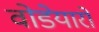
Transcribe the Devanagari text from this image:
वोडेयारों